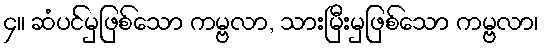
၄။ ဆံပင်မှဖြစ်သော ကမ္ဗလာ, သားမြီးမှဖြစ်သော ကမ္ဗလာ၊